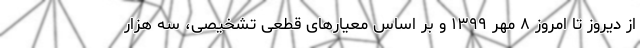
از دیروز تا امروز ۸ مهر ۱۳۹۹ و بر اساس معیارهای قطعی تشخیصی، سه هزار